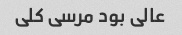
عالی بود مرسی کلی